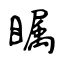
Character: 瞩